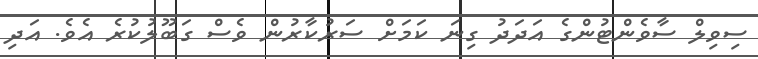
ސިވިލް ސާވެންޓުންގެ އަދަދު ގިނަ ކަމަށް ސަރުކާރުން ވެސް ގަބޫލުކުރެ އެވެ. އަދި